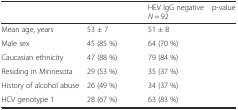
<table><thead><tr><td>[EMPTY_CELL]</td><td>[EMPTY_CELL]</td><td><b>HEV IgG negative <i>N</i> = 92</b></td><td><b>p-value</b></td></tr></thead><tbody><tr><td>Mean age, years</td><td>53 ± 7</td><td>51 ± 8</td><td>[EMPTY_CELL]</td></tr><tr><td>Male sex</td><td>45 (85 %)</td><td>64 (70 %)</td><td>[EMPTY_CELL]</td></tr><tr><td>Caucasian ethnicity</td><td>47 (88 %)</td><td>79 (84 %)</td><td>[EMPTY_CELL]</td></tr><tr><td>Residing in Minnesota</td><td>29 (53 %)</td><td>35 (37 %)</td><td>[EMPTY_CELL]</td></tr><tr><td>History of alcohol abuse</td><td>26 (49 %)</td><td>34 (37 %)</td><td>[EMPTY_CELL]</td></tr><tr><td>HCV genotype 1</td><td>28 (67 %)</td><td>63 (83 %)</td><td>[EMPTY_CELL]</td></tr></tbody></table>